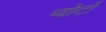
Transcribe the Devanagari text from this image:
प्योर्टो